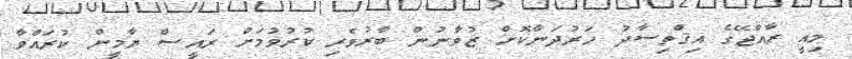
މިއީ ރާއްޖޭގެ އިޤްތިސާދު ހަރުދަނާކޮށް ޒުވާނުން ބާރުވެރި ކުރުވުމަށް ރައީސް ޔާމީން ކުރައްވާ